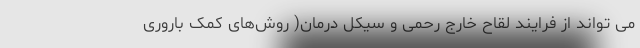
می تواند از فرایند لقاح خارج رحمی و سیکل درمان( روش‌های کمک باروری